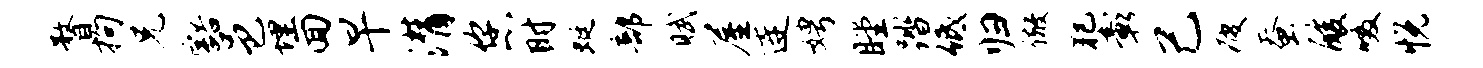
瞀拘兄豁邑埋回早潸您时蜓部赋屋连娉瞠踏低归儆犯彰己疲蚕酸啜悦